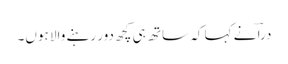
دراؔ نے کہا کہ ساتھ ہی کچھ دور رہنے والا ہوں۔